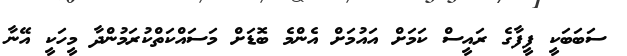
ސަބަބަކީ ފީފާގެ ރައީސް ކަމަށް އައުމަށް އެންމެ ބޮޑަށް މަސައްކަތްކުރަމުންދާ މީހަކީ އޭނާ